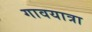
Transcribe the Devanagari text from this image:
गावयात्रा